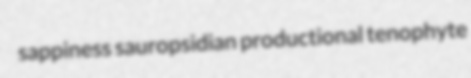
sappiness sauropsidian productional tenophyte